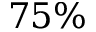
7 5 \%